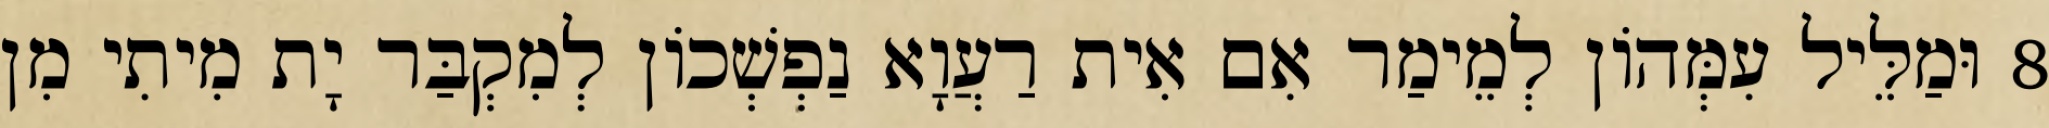
8 וּמַלֵּיל עִמְּהוֹן לְמֵימַר אִם אִית רַעֲוָא נַפְשְׁכוֹן לְמִקְבַּר יָת מִיתִי מִן